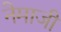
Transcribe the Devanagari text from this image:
नेमाजी